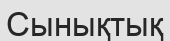
Сынықтық